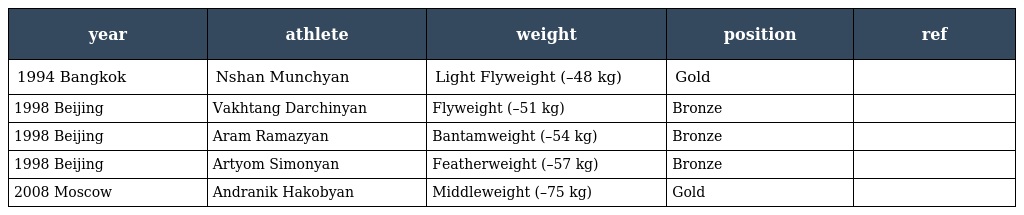
| year | athlete | weight | position | ref |
 | --- | --- | --- | --- | --- |
 | 1994 Bangkok | Nshan Munchyan | Light Flyweight (–48 kg) | Gold |  |
 | 1998 Beijing | Vakhtang Darchinyan | Flyweight (–51 kg) | Bronze |  |
 | 1998 Beijing | Aram Ramazyan | Bantamweight (–54 kg) | Bronze |  |
 | 1998 Beijing | Artyom Simonyan | Featherweight (–57 kg) | Bronze |  |
 | 2008 Moscow | Andranik Hakobyan | Middleweight (–75 kg) | Gold |  |